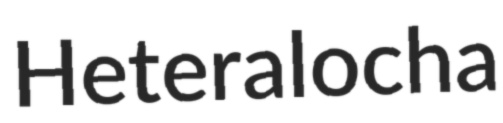
Heteralocha